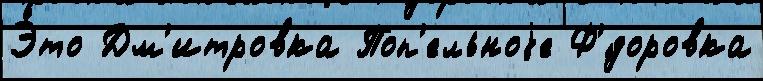
Э́то Дм'итровка Поп'ельноjе Ф'́доровка